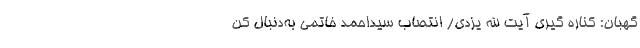
گهبان: کناره گیری آیت الله یزدی/ انتصاب سیداحمد خاتمی به‌دنبال کن